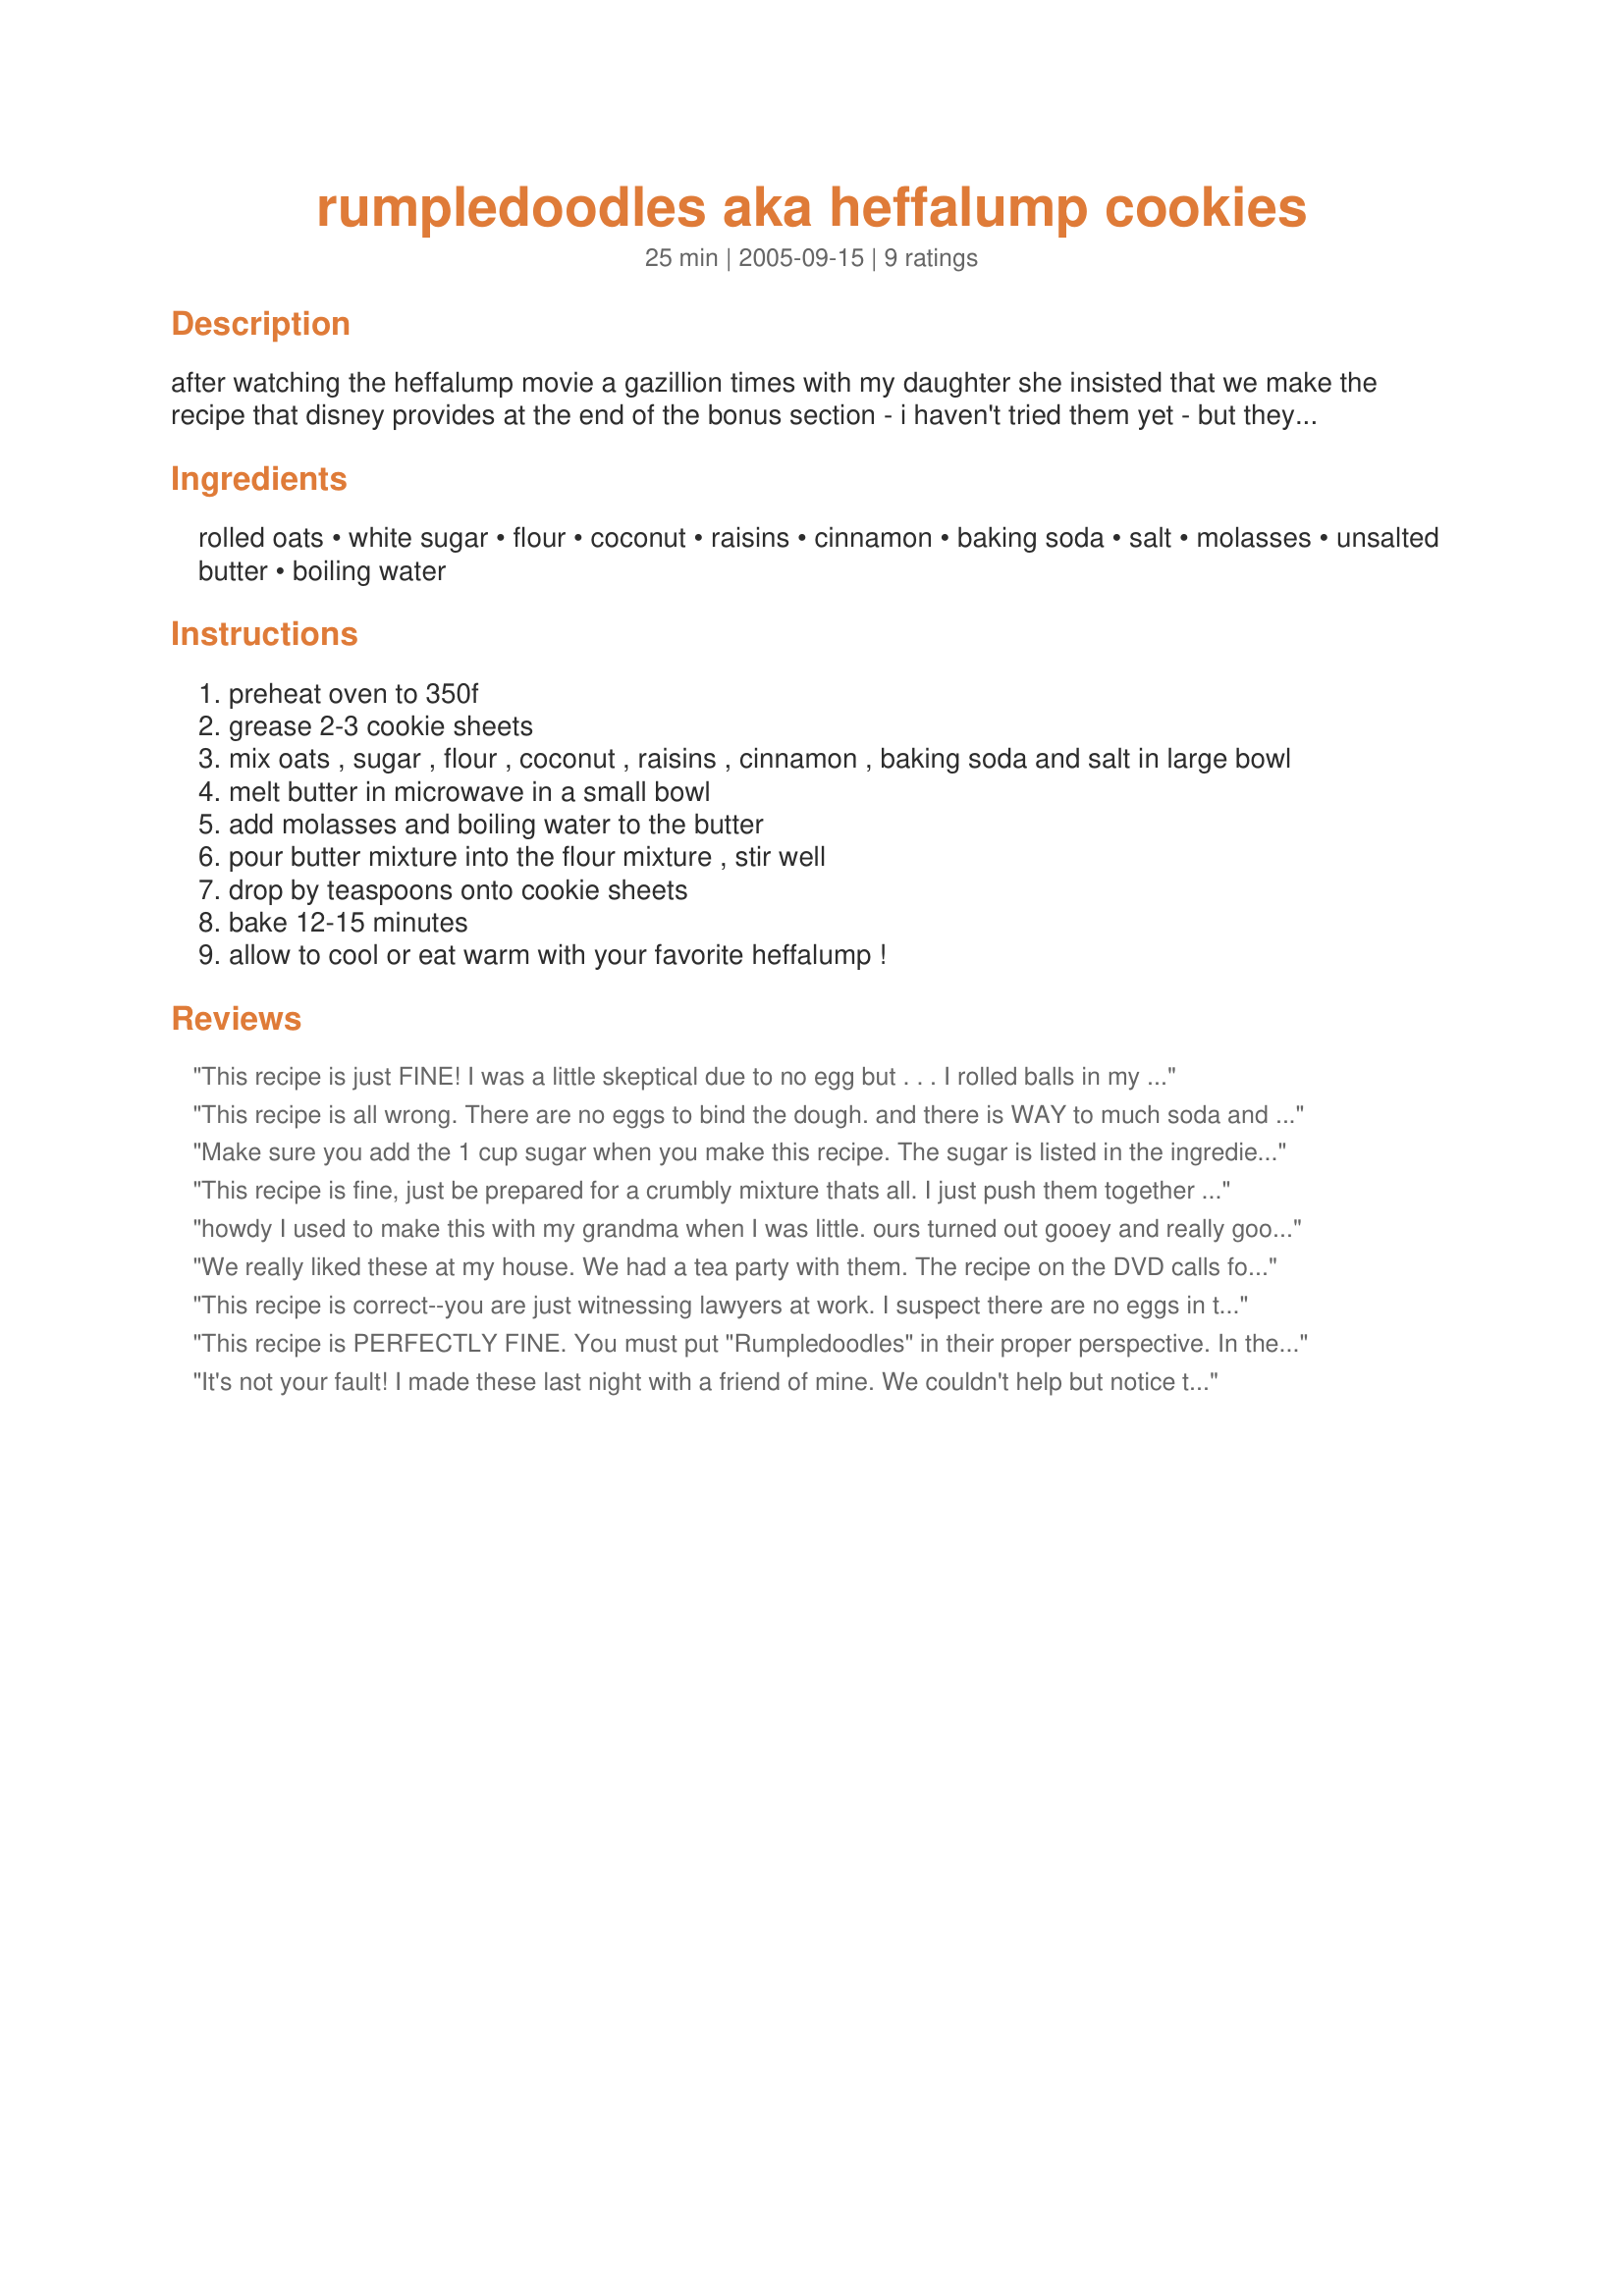
rumpledoodles aka heffalump cookies
Preparation time: 25 minutes

after watching the heffalump movie a gazillion times with my daughter she insisted that we make the recipe that disney provides at the end of the bonus section - i haven't tried them yet - but they sound really super yummy! i guessed on the prep/cook and servings - please let me know if i'm way off and i'll be sure to fix it! warning! i just made this recipe and there is something seriously wrong with it! i am leaving it here with the hope that someone will find the problem - perhaps i copied it down wrong??? thanks!!

Ingredients:
rolled oats, white sugar, flour, coconut, raisins, cinnamon, baking soda, salt, molasses, unsalted butter, boiling water

Steps:
preheat oven to 350f
grease 2-3 cookie sheets
mix oats , sugar , flour , coconut , raisins , cinnamon , baking soda and salt in large bowl
melt butter in microwave in a small bowl
add molasses and boiling water to the butter
pour butter mixture into the flour mixture , stir well
drop by teaspoons onto cookie sheets
bake 12-15 minutes
allow to cool or eat warm with your favorite heffalump !

Reviews:
This recipe is just FINE! I was a little skeptical due to no egg but . . . I rolled balls in my hand before putting on a WELL greased cookie sheet. They came out fabulous. Happy Heffalump hunting!
This recipe is all wrong. There are no eggs to bind the dough. and there is WAY to much soda and salt. Try adding one egg and reduce the salt to 1/2 tsp and reduce the soada to 1tsp. Don't melt the butter,just add it too the sugar and mix like a regular cookie. Also add the raisins to the 2TBS boiling water and cook till it is all boiled down. (don't scorch the raisins on the bottom of the pan.)then add the raisins to the dough at the end. Try it this way and see if it is any better.
Make sure you add the 1 cup sugar when you make this recipe. The sugar is listed in the ingredients, but it is not mentioned in the step by step directions.
This recipe is fine, just be prepared for a crumbly mixture thats all. I just push them together on the tray rather than roll (the roughing-it-in-the-woods effect). Kids love them :)
howdy I used to make this with my grandma when I was little. ours turned out gooey and really good and was a huge hit with my family,to get a gooey texture use brown sugar. :)
We really liked these at my house. We had a tea party with them. The recipe on the DVD calls for unsalted butter--that's why it calls for as much salt as it does. If you are using salted butter, reduce or eliminate the salt. These dough is crumbly, but bakes together well. They are also pretty sweet so I think I will reduce the sugar next time or maybe use honey instead as that seems more Pooh-ish.
This recipe is correct--you are just witnessing lawyers at work. I suspect there are no eggs in the recipe as in the DVD the people making the cookies say it is okay to lick your fingers while making the cookies. Raw eggs carry the threat of salmonella, so I am guessing that is why they aren't there. I have made these with and without the egg. With an egg results in a more standard product. As for the fact that Lumpy asks for biscuits, that is probably because he is an English heffalump, and in England, these sorts of treats are known as biscuits.
Either way you make them, kids love them. You can't go wrong, especially if you whip them up right after they watch the DVD.
This recipe is PERFECTLY FINE. You must put "Rumpledoodles" in their proper perspective. In the movie, Piglet and Heffalump are in Mr. Sanders' (Pooh's) house when Lumpy asks if there are any Rumpledoodles. "What's a Rumpledoodle?" asks Piglet. Lumpy asnwers: "It's a biscuit. My mommy makes them." When was the last time anyone used an egg in a biscuit recipe? This is fictional Moms! There are no chicken farms in the Hundred Acre Woods and Heffalump Mom's use ingredients common to kitchens in Heffalump Hollow! These are tasty little treats for kids. Mine are eating their's in the Heffalump Hollow of our backyard right now. (If you're worried about your kid's blood pressure, cut the salt down to 1/2 tsp.)
It's not your fault! I made these last night with a friend of mine. We couldn't help but notice that the batter didn't hold together real well, we had to squish it. And if you use non stick cookie sheets they DO NOT need to be greased, otherwise the cookies come out all flat. We also thought it was too salty, so in the future we will cut the amount of salt in half. We got the recipe off of the DVD and you have the ingredients all correct. So, it's not you, it's the recipe! Still tasty little tidbits, they just need a little tweaking!
